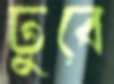
ঢুবে